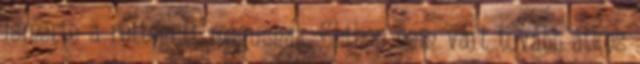
ismerte a rettegett mágusnak. Chthon nem várt tovább átkos